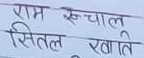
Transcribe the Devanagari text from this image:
राम रुचालु
सितल खाति